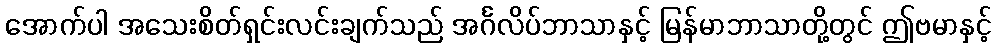
အောက်ပါ အသေးစိတ်ရှင်းလင်းချက်သည် အင်္ဂလိပ်ဘာသာနှင့် မြန်မာဘာသာတို့တွင် ဤဗမာနှင့်